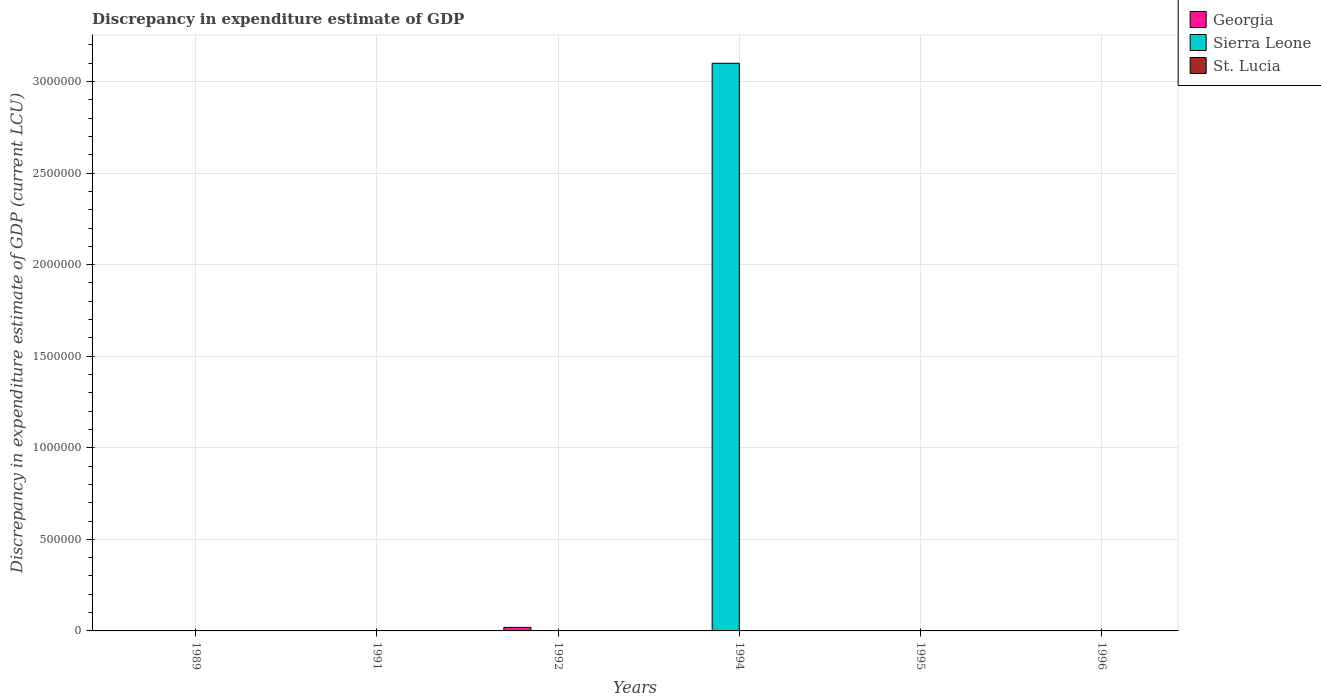
| Years | Georgia | Sierra Leone | St. Lucia |
 | --- | --- | --- | --- |
 | 1989 | 100 | 8e-06 | -2.4e-07 |
 | 1991 | 100 | -4e+06 | -6e-08 |
 | 1992 | 1.93e+04 | -1.6e+07 | -8e-08 |
 | 1994 | -12 | 3.1e+06 | 1.4e-07 |
 | 1995 | 48 | -7e+06 | 3e-08 |
 | 1996 | -5.25e+08 | -8e+06 | -3e-07 |